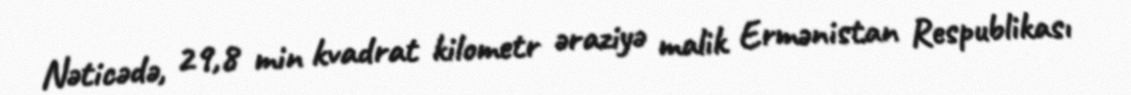
Nəticədə, 29,8 min kvadrat kilometr əraziyə malik Ermənistan Respublikası